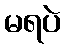
မရပဲ